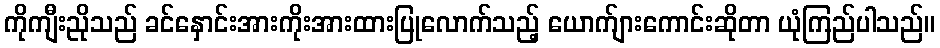
ကိုကျီးညိုသည် ခင်နှောင်းအားကိုးအားထားပြုလောက်သည့် ယောက်ျားကောင်းဆိုတာ ယုံကြည်ပါသည်။